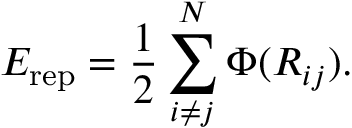
E _ { \mathrm { r e p } } = \frac { 1 } { 2 } \sum _ { i \neq j } ^ { N } \Phi ( R _ { i j } ) .